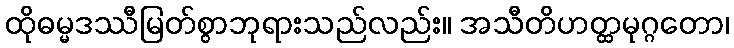
ထိုဓမ္မဒဿီမြတ်စွာဘုရားသည်လည်း။ အသီတိဟတ္ထမုဂ္ဂတော၊